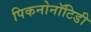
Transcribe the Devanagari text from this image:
पिकनोनॉटिडी